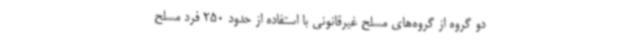
دو گروه از گروه‌های مسلح غیرقانونی با استفاده از حدود 250 فرد مسلح